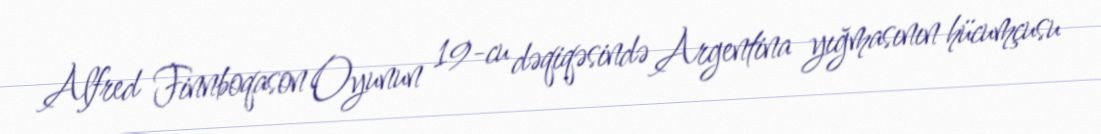
Alfred Finnboqason Oyunun 19-cu dəqiqəsində Argentina yığmasının hücumçusu